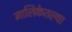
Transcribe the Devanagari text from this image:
मालिकेतल्या